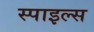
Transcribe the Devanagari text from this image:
स्पाइल्स